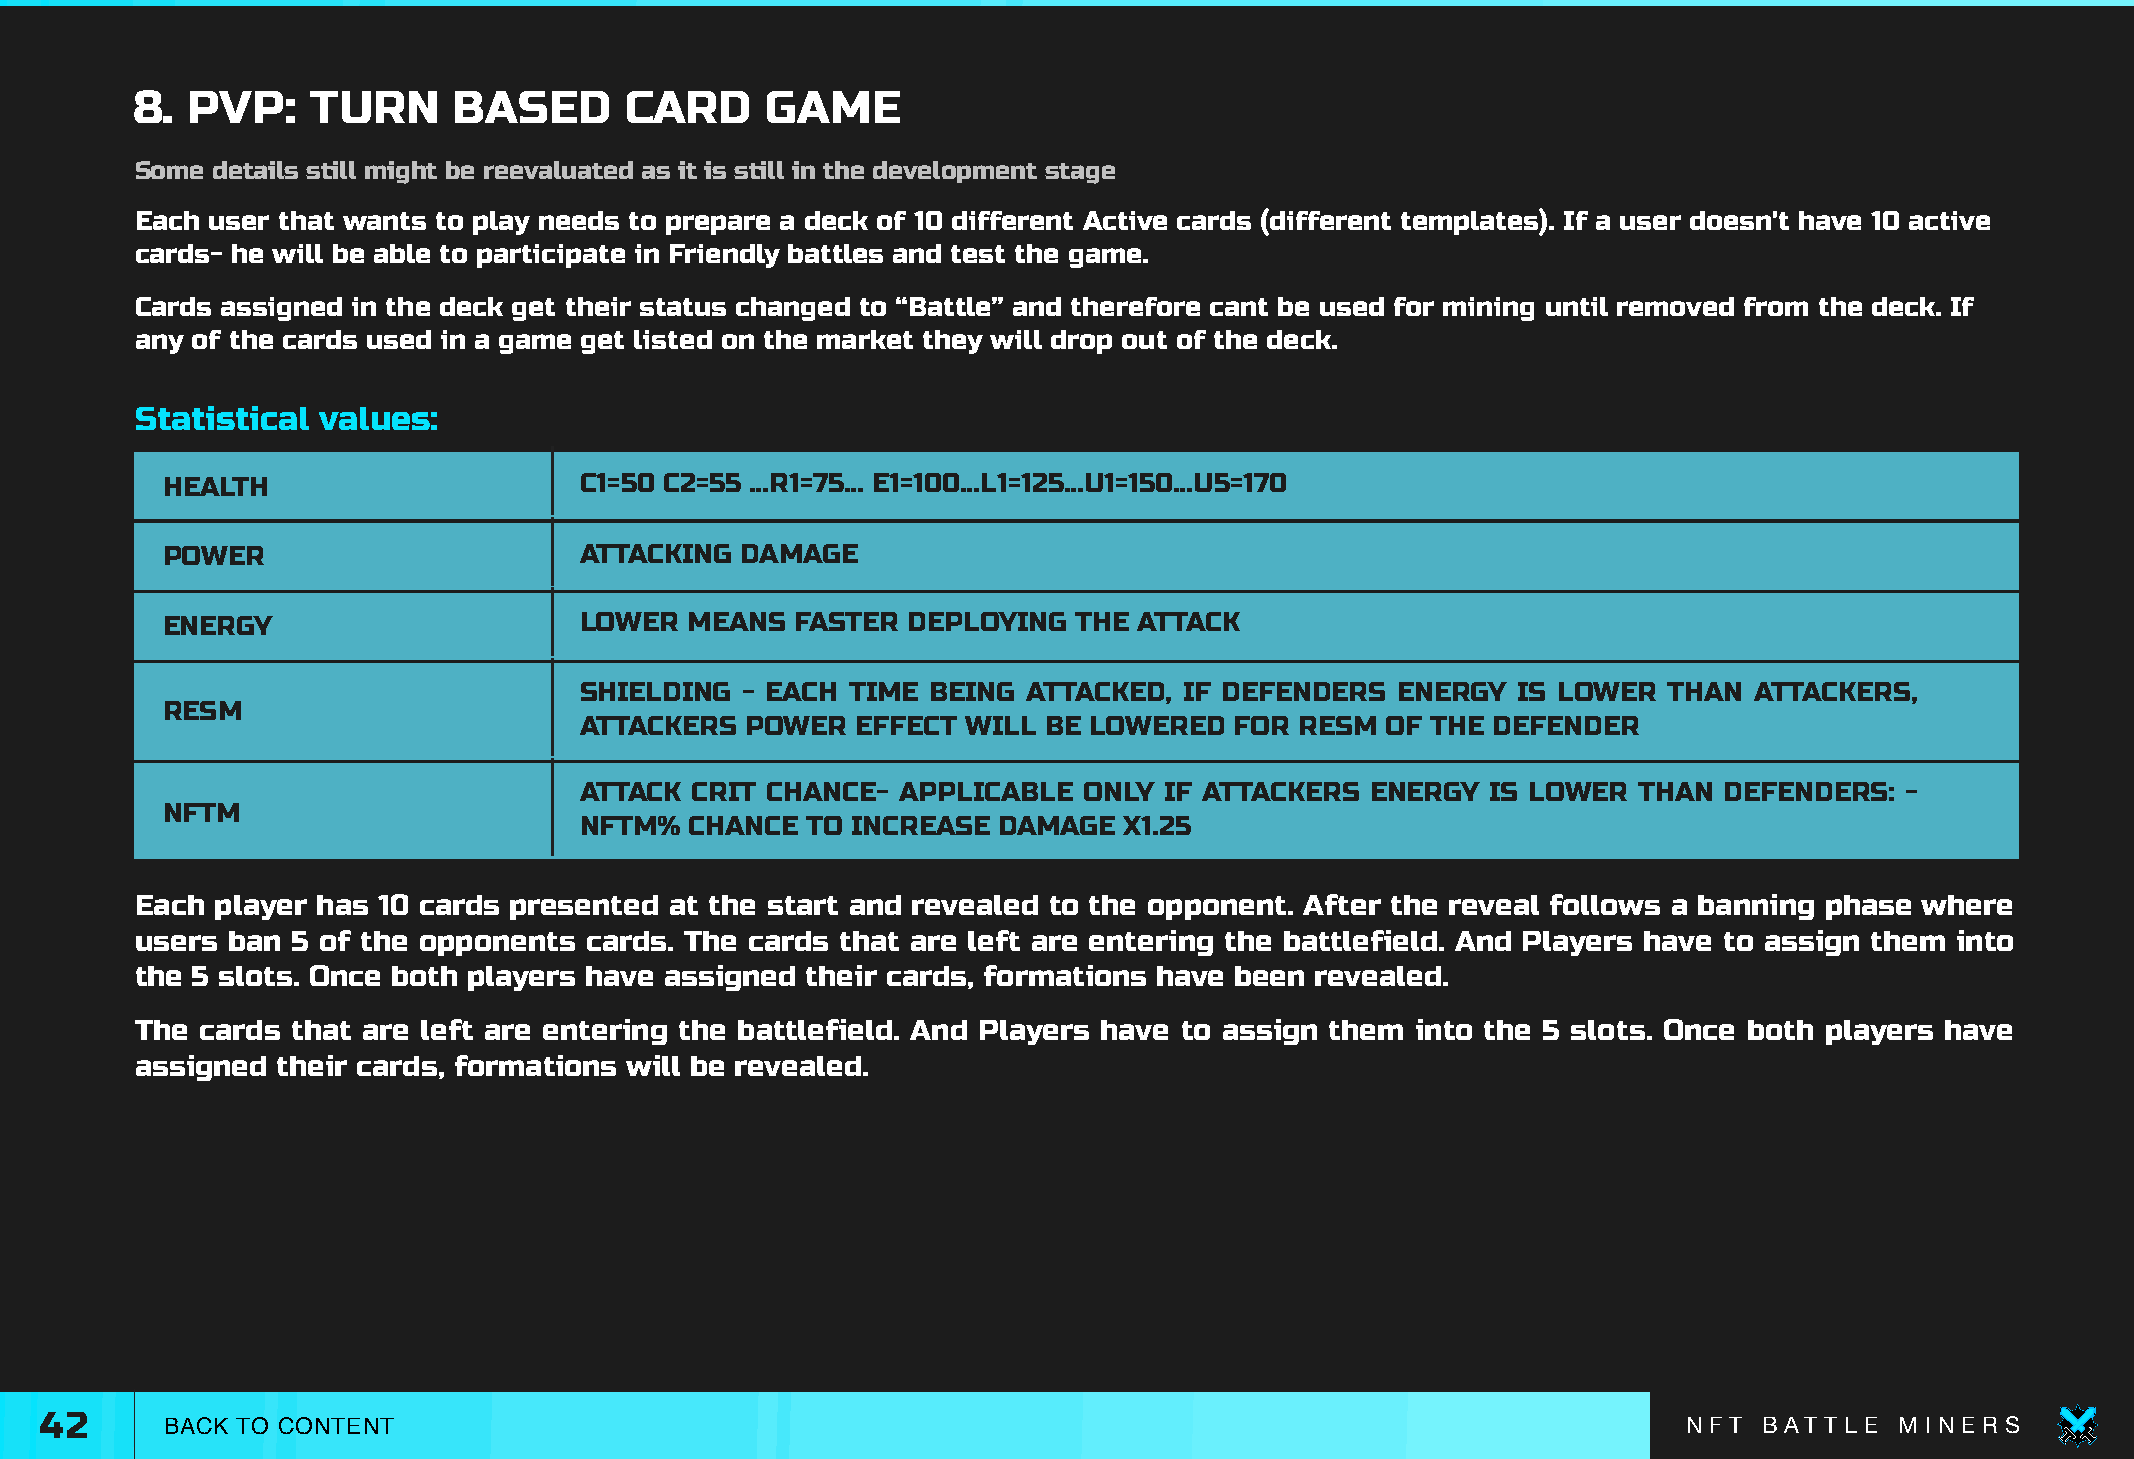
8. PVP:     TURN     BASED      CARD      GAME
 Some details still might be reevaluated as it is still in the development stage
 Each user that wants to play needs to prepare a deck of 10 different Active cards (different templates). If a user doesn't have 10 active
 cards- he will be able to participate in Friendly battles and test the game.
 Cards assigned in the deck get their status changed to “Battle” and therefore cant be used for mining until removed from the deck. If
 any of the cards used in a game get listed on the market they will drop out of the deck.
 Statistical values:
 HEALTH                     C1=50 C2=55 ...R1=75… E1=100...L1=125...U1=150...U5=170
 POWER                      ATTACKING  DAMAGE
 ENERGY                     LOWER  MEANS   FASTER DEPLOYING  THE ATTACK
 SHIELDING  - EACH TIME  BEING ATTACKED, IF DEFENDERS  ENERGY  IS LOWER  THAN  ATTACKERS,
 RESM
 ATTACKERS  POWER   EFFECT WILL BE LOWERED   FOR RESM  OF THE DEFENDER
 ATTACK  CRIT CHANCE- APPLICABLE   ONLY IF ATTACKERS  ENERGY  IS LOWER THAN  DEFENDERS:  -
 NFTM
 NFTM%   CHANCE TO INCREASE  DAMAGE  X1.25
 Each player has 10 cards presented at the start and revealed to the opponent. After the reveal follows a banning phase where
 users ban 5 of the opponents  cards. The cards that are left are entering the battlefield. And Players have to assign them into
 the 5 slots. Once both players have assigned their cards, formations have been revealed.
 The cards that are left are entering the battlefield. And Players have to assign them into the 5 slots. Once both players have
 assigned their cards, formations will be revealed.
 42      BACK TO CONTENT                                                                                      N F T B AT T L E M I N E R S